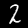
Label: 2